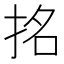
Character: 𭠬